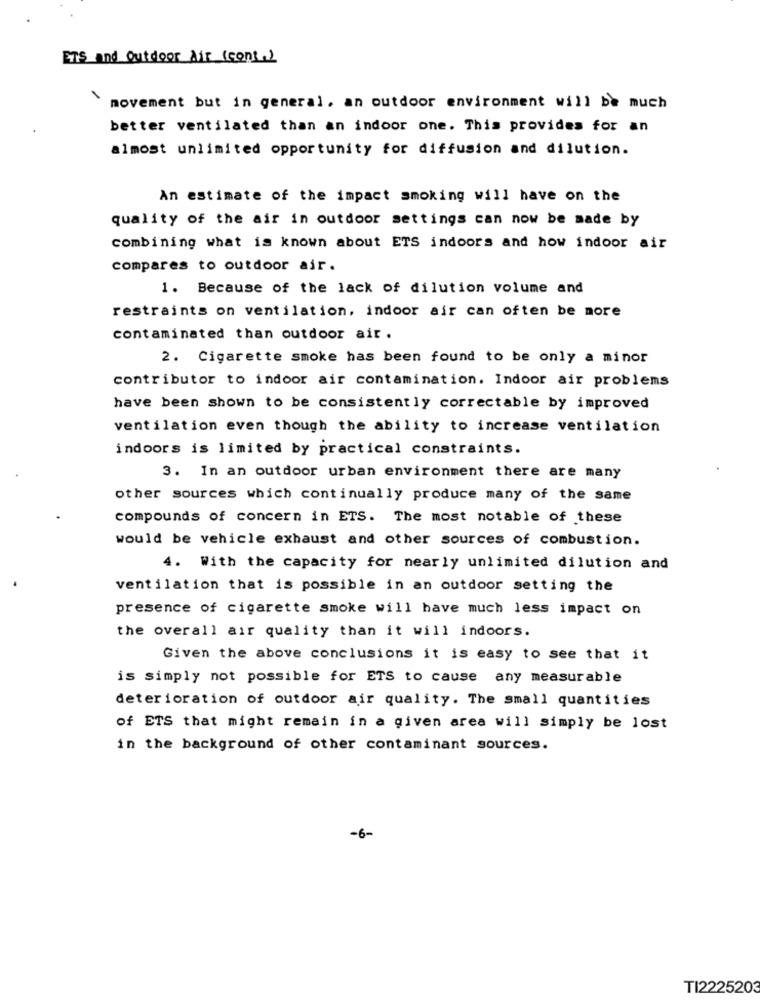
ETS and Outdoor Air (cont.)
movement but in general, an outdoor environment will be much
better ventilated than an indoor one. This provides for an
almost unlimited opportunity for diffusion and dilution.
An estimate of the impact smoking will have on the
quality of the air in outdoor settings can now be made by
combining what is known about ETS indoors and how indoor air
compares to outdoor air.
1. Because of the lack of dilution volume and
restraints on ventilation, indoor air can often be more
contaminated than outdoor air .
2. Cigarette smoke has been found to be only a minor
contributor to indoor air contamination. Indoor air problems
have been shown to be consistently correctable by improved
ventilation even though the ability to increase ventilation
indoors is limited by practical constraints.
3. In an outdoor urban environment there are many
other sources which continually produce many of the same
compounds of concern in ETS. The most notable of these
would be vehicle exhaust and other sources of combustion.
4. With the capacity for nearly unlimited dilution and
ventilation that is possible in an outdoor setting the
presence of cigarette smoke will have much less impact on
the overall air quality than it will indoors.
Given the above conclusions it is easy to see that it
is simply not possible for ETS to cause any measurable
deterioration of outdoor air quality. The small quantities
of ETS that might remain in a given area will simply be lost
in the background of other contaminant sources.
-6-
TI2225203